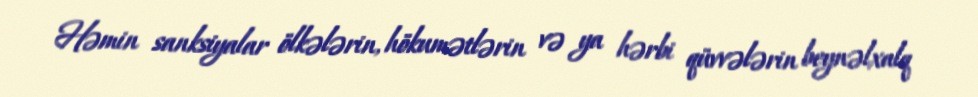
Həmin sanksiyalar ölkələrin, hökumətlərin və ya hərbi qüvvələrin beynəlxalq